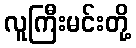
လူကြီးမင်းတို့